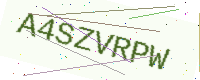
Text: A4SZVRPW